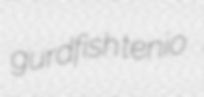
gurdfish tenio